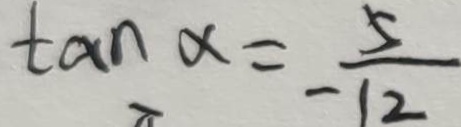
\tan \alpha = \frac { 5 } { - 1 2 }